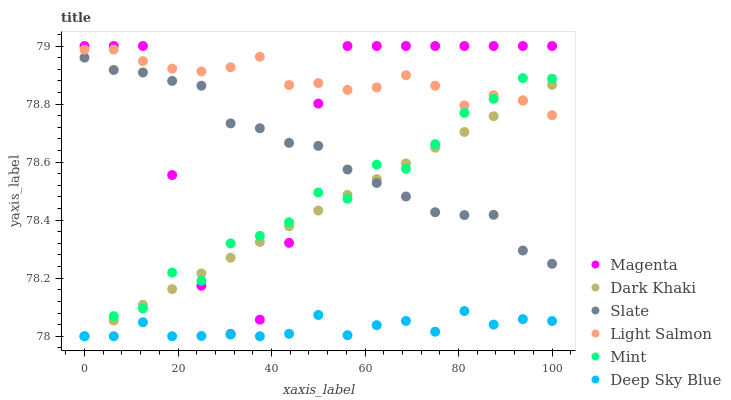
| xaxis_label | Magenta | Dark Khaki | Slate | Light Salmon | Mint | Deep Sky Blue |
 | --- | --- | --- | --- | --- | --- | --- |
 | 0 | 79 | 78 | 79 | 79 | 78 | 78 |
 | 6.25 | 79 | 78.1 | 78.9 | 79 | 78.1 | 78 |
 | 12.5 | 79 | 78.1 | 78.9 | 78.9 | 78.1 | 78 |
 | 18.8 | 78.6 | 78.2 | 78.9 | 78.9 | 78.2 | 78 |
 | 25 | 78.2 | 78.2 | 78.9 | 78.9 | 78.2 | 78 |
 | 31.2 | 78 | 78.3 | 78.7 | 78.9 | 78.3 | 78 |
 | 37.5 | 78.1 | 78.3 | 78.7 | 79 | 78.3 | 78 |
 | 43.8 | 78.3 | 78.4 | 78.7 | 78.9 | 78.4 | 78 |
 | 50 | 78.8 | 78.4 | 78.7 | 78.9 | 78.5 | 78.1 |
 | 56.2 | 79 | 78.5 | 78.6 | 78.8 | 78.5 | 78 |
 | 62.5 | 79 | 78.5 | 78.5 | 78.9 | 78.6 | 78 |
 | 68.8 | 79 | 78.6 | 78.5 | 78.9 | 78.6 | 78.1 |
 | 75 | 79 | 78.6 | 78.4 | 78.9 | 78.7 | 78 |
 | 81.2 | 79 | 78.7 | 78.4 | 78.8 | 78.8 | 78.1 |
 | 87.5 | 79 | 78.8 | 78.4 | 78.8 | 78.8 | 78 |
 | 93.8 | 79 | 78.8 | 78.3 | 78.8 | 78.9 | 78.1 |
 | 100 | 79 | 78.9 | 78.2 | 78.8 | 78.9 | 78.1 |